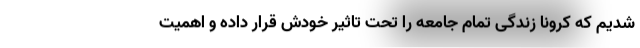
شدیم که کرونا زندگی تمام جامعه را تحت تاثیر خودش قرار داده و اهمیت